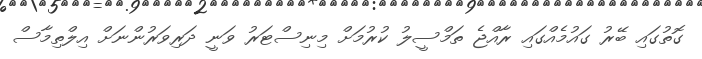
ގޮތުގައި ބޭރު ގައުމެއްގައި ރާއްޖެ ތަމްސީލު ކުރުމަށް މިނިސްޓަރު ވަނީ ދަރިވަރުންނަށް އިލްތިމާސް